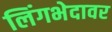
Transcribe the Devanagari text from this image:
लिंगभेदावर